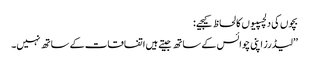
بچوں کی دلچسپیوں کا لحاظ کیجیے:
’’لیڈرز اپنی چوائس کے ساتھ جیتے ہیں اتفاقات کے ساتھ نہیں۔